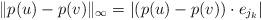
LaTeX: \begin{align*}\| p(u)-p(v) \|_{\infty} = |(p(u)-p(v))\cdot e_{j_k}|\end{align*}